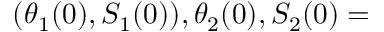
( \theta _ { 1 } ( 0 ) , S _ { 1 } ( 0 ) ) , \theta _ { 2 } ( 0 ) , S _ { 2 } ( 0 ) =